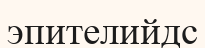
эпителийдс